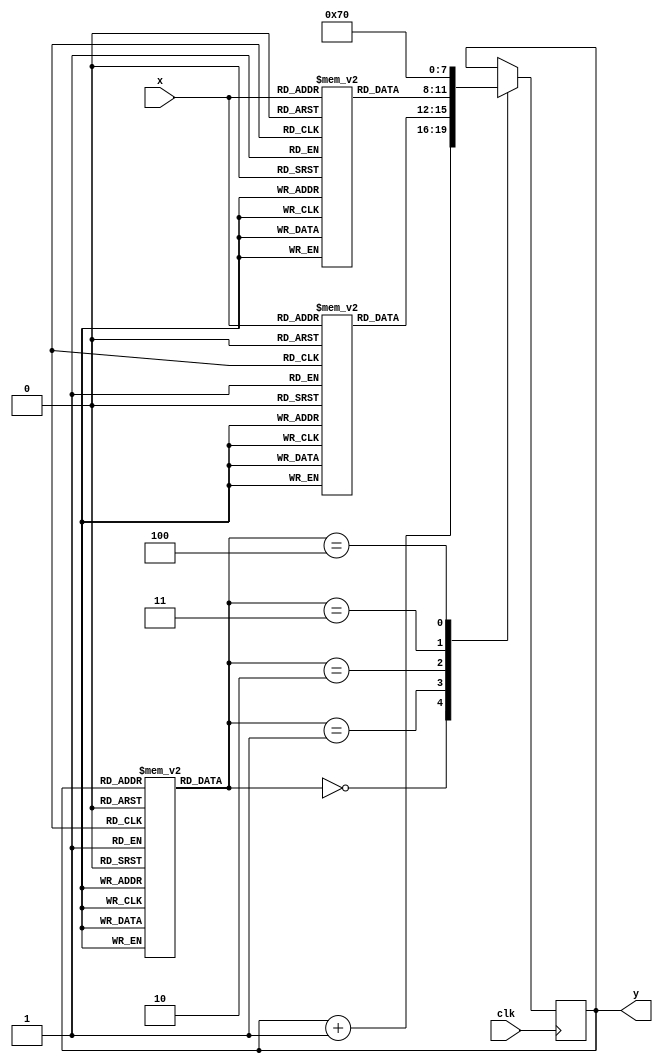

`define TICK #2

module fsm (clk, x, y);

   input clk;
   
   input [1:0] x;

   output [3:0]y;

   wire [3:0]y;

   reg [3:0] states;

   reg [2:0] micro[12:0];
   reg [3:0] dis3[3:0];
   reg [3:0] dis10[3:0];

   wire [2:0] minstr;



   initial begin
      states = 0;
  
      micro[0]=0;
      micro[1]=0;
      micro[2]=0;
      micro[3]=1;
      micro[4]=3;
      micro[5]=3;
      micro[6]=0;
      micro[7]=0;
      micro[8]=0;
      micro[9]=0;
      micro[10]=2;
      micro[11]=4;
      micro[12]=4;

      dis3[0]= 4'b0100;
      dis3[1]= 4'b0101;
      dis3[2]= 4'b0110;
      dis3[3]= 4'b0110;

      dis10[0]=4'b1011;
      dis10[1]=4'b1100;
      dis10[2]=4'b1100;
      dis10[3]=4'b1100;

   end

 
   
   
   assign minstr = micro[states];
   assign y = states;
  
   
   always @(posedge clk)

      begin 
      
      case (minstr) 
      
      0: begin
      states = `TICK states + 1;
      end

      1: begin

      states = `TICK dis3[x];
      
      end



      2: begin
      
      states =`TICK  dis10[x];

      end

      3: begin
      
      states =`TICK  4'b0111;
      
      end

      
      4: begin

      states = `TICK 4'b0000;
      end

      endcase


end






endmodule